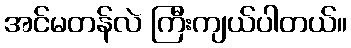
အင်မတန်လဲ ကြီးကျယ်ပါတယ်။